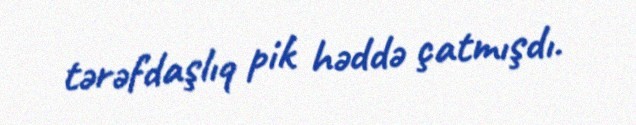
tərəfdaşlıq pik həddə çatmışdı.